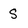
Character: S